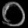
Digit: ၀